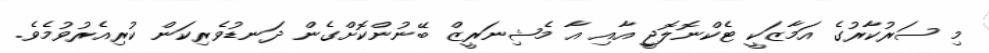
މި ސަރުކާރުގެ އަމާޒަކީ ޓެކްނޮލޮޖީ އާއި އާ މެޝިނަރީޒް ބޭނުންކޮށްގެން ދަނޑުވެރިކަން ކުރިއެރުވުމެވެ.